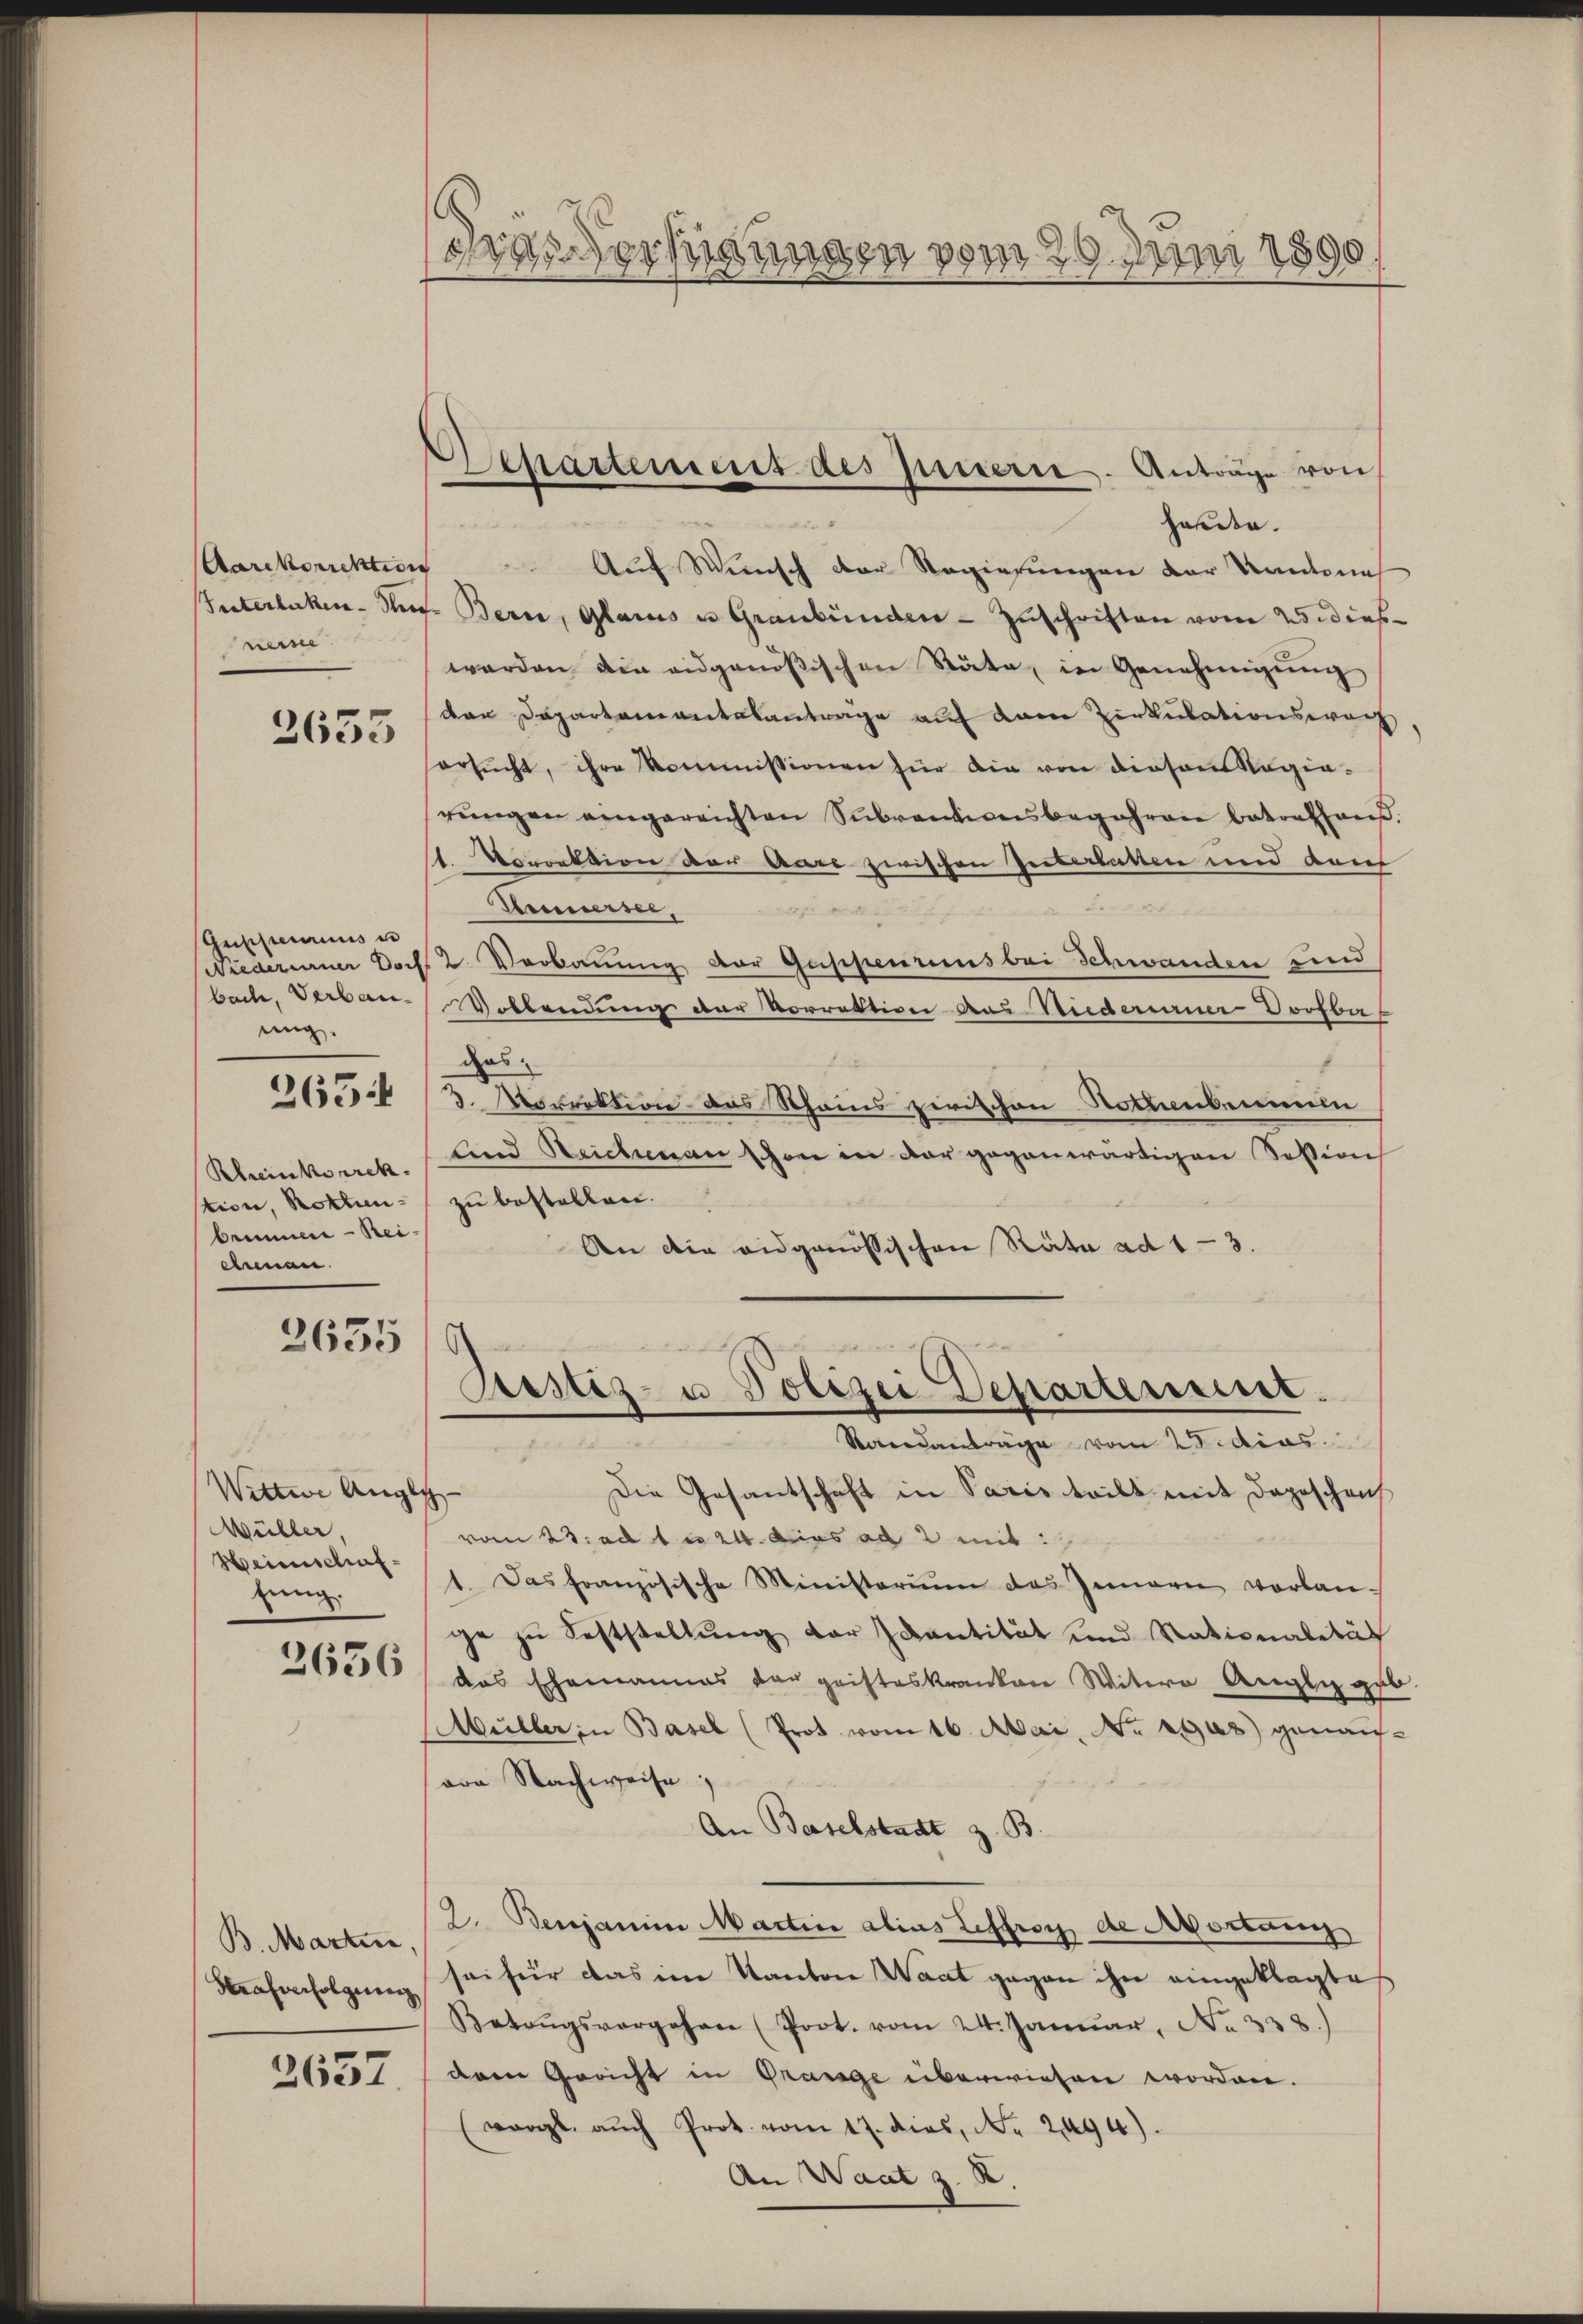
Aarckorrektion
Interlaken den
neise

2633

Guppenarius un
Niederurner Doch
bach, Verbauung.
Rheinkorrek
tion, Rotten-
brunnere - Rei-
ennan

265.

2635

Wittwe Anges
Wüller,
Heimschaftung.

2656

B. Martin,
Strafverfolgung

2637.

das Verfügungen vom 20. Juni 1890.

Achartement des Innern. Anträge von

harte.
t
Auf Wunsch der Regierungen der Kantonal
- Bern, Glarus u. Graubünden - Zuschriften vom 25 dies
werden die eidgenößischen Stäte, in Genehmigung
dar Departamentalantrage auf dem Zirkulationswach,
ersŭcht, ihre kommissionen für die von diesem Ragia-
rŭngen angereichten Sŭbventionsbegehren betreten.
1. Vorrektion der Aare zwischen Interbatten und darf
Teimersee,
aeger
2. Verbauung der Guppenums bei Schwanden und
Vollendung der Vorrektion aus Niederurner Dorfba
des.
3. Morrektion das Scheins zwischen Rothenbrunnen
und Reichmann schon in der gegenwärtigen Soßion
zu bestellen.
An die eidgenössischen Rata ad 1-3.
.
Prstiz- u. Polizei Departensist.
Standanträge vom 25. dies
Die Gesantschaft in Paris teilt mit Depeschen
s
vom 23. ad 1 u 24. dies ad 2 mit:
1. Das französische Ministorium das Gemari vorlan-
ge zu Feststellung der Ivantität und Nationalität
das Ehemannes der geisteskranken Mitere Angen geb.
Müller in Basel (Prot. vom 16. Mai, Nr. 1903) genaus-
von Nachweise
An Baselstadt z. B.
2. Benjanien Martini alins Leffroy de Mortan
sei für das im Kanton Waat gegen ihn eingeklagtes
Betrŭgsvorgehen (Poot. vom 24. Januar, No 338.)
dem Gericht in Prange überwiesen worden.
worgt aŭch Prot. vom 17. dies, Nr. 2094).
An Waat z. B.